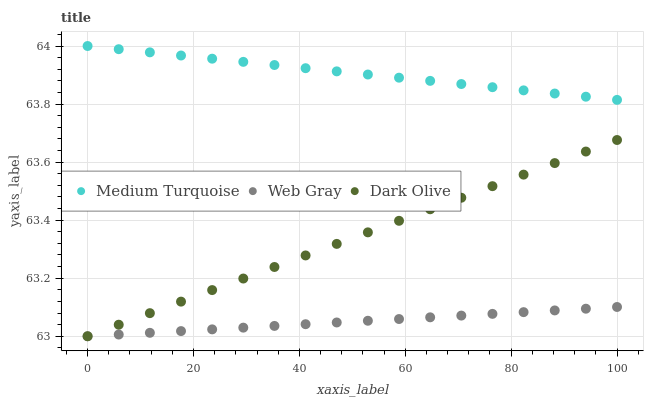
| xaxis_label | Medium Turquoise | Web Gray | Dark Olive |
 | --- | --- | --- | --- |
 | 0 | 64 | 63 | 63 |
 | 5.88 | 64 | 63 | 63 |
 | 11.8 | 64 | 63 | 63.1 |
 | 17.6 | 64 | 63 | 63.1 |
 | 23.5 | 64 | 63 | 63.2 |
 | 29.4 | 63.9 | 63 | 63.2 |
 | 35.3 | 63.9 | 63 | 63.2 |
 | 41.2 | 63.9 | 63 | 63.3 |
 | 47.1 | 63.9 | 63 | 63.3 |
 | 52.9 | 63.9 | 63.1 | 63.4 |
 | 58.8 | 63.9 | 63.1 | 63.4 |
 | 64.7 | 63.9 | 63.1 | 63.4 |
 | 70.6 | 63.9 | 63.1 | 63.5 |
 | 76.5 | 63.9 | 63.1 | 63.5 |
 | 82.4 | 63.8 | 63.1 | 63.6 |
 | 88.2 | 63.8 | 63.1 | 63.6 |
 | 94.1 | 63.8 | 63.1 | 63.6 |
 | 100 | 63.8 | 63.1 | 63.7 |